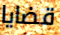
قضايا